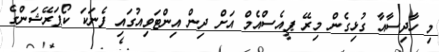
މި ހާދިސާއާ ގުޅިގެން މިރޭ ޕީއެސްއެމް އަށް ދިން އިންޓަވިއުގައި ފެނަކަ ކޯޕަރޭޝަންގެ